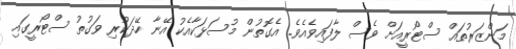
މަންޒަރުތައް ސްޓޯރީއަށް ވެސް ލާފައިވެއެވެ. އެގޮތުން މުސަޅަކާއެކު އޭނާ ހޭދަކުރި ވަގުތު ސްޓޯރީގައި